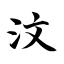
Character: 汶